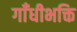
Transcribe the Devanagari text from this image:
गाँधीभक्ति